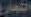
التعار